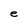
Character: e